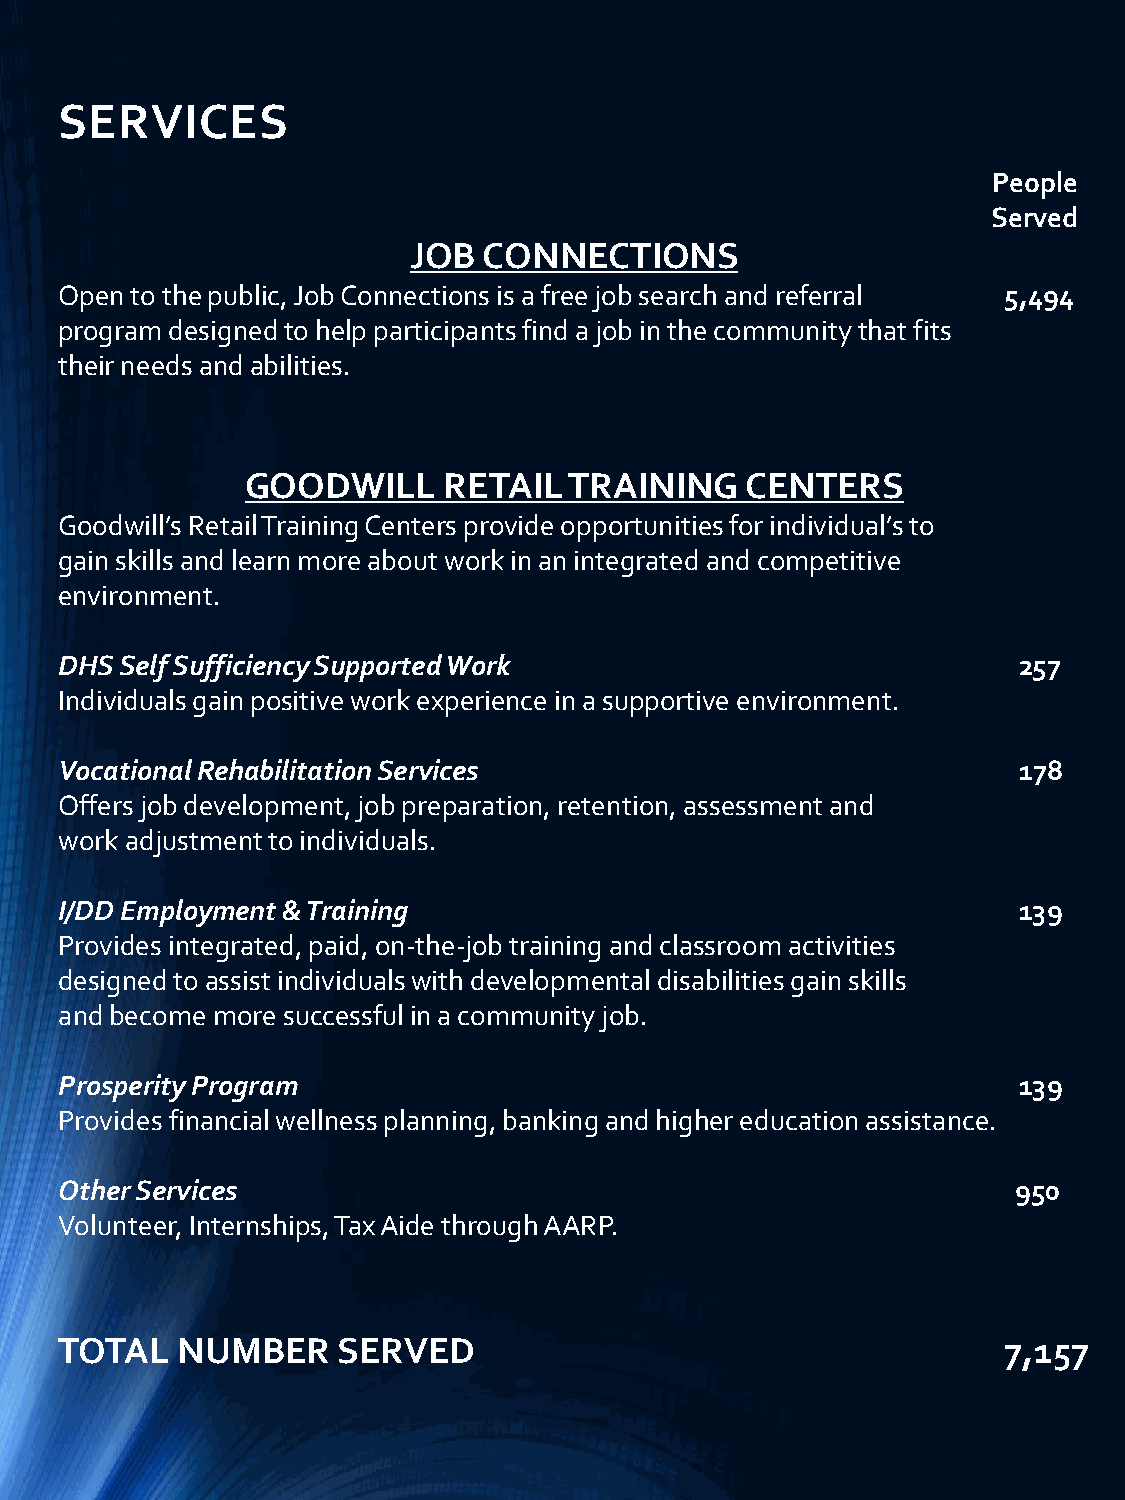
SERVICES
 People
 Served
 JOB  CONNECTIONS
 Open to the public, Job Connections is a free job search and referral 5,494
 program designed to help participants find a job in the community that fits
 their needs and abilities.
 GOODWILL     RETAIL   TRAINING   CENTERS
 Goodwill’s Retail Training Centers provide opportunities for individual’s to
 gain skills and learn more about work in an integrated and competitive
 environment.
 DHS Self Sufficiency Supported Work                            257
 Individuals gain positive work experience in a supportive environment.
 Vocational Rehabilitation Services                             178
 Offers job development, job preparation, retention, assessment and
 work adjustment to individuals.
 I/DD Employment & Training                                     139
 Provides integrated, paid, on-the-job training and classroom activities
 designed to assist individuals with developmental disabilities gain skills
 and become more successful in a community job.
 Prosperity Program                                             139
 Provides financial wellness planning, banking and higher education assistance.
 Other Services                                                 950
 Volunteer, Internships, Tax Aide through AARP.
 TOTAL   NUMBER    SERVED                                      7,157